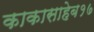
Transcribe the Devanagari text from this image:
काकासाहेब१७